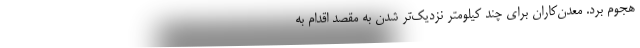
هجوم برد. معدن‌کاران برای چند کیلومتر نزدیک‌تر شدن به مقصد اقدام به